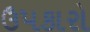
ઉપકારો